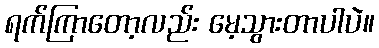
ရက်ကြာတော့လည်း မေ့သွားတာပါပဲ။